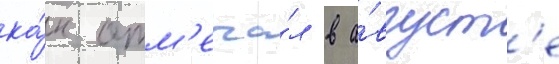
ка́к отм'еча́л в а́вгуст'е